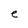
Character: e